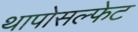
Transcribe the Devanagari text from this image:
थापोसल्फेट